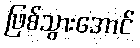
ဖြစ်သွားအောင်